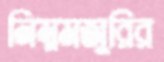
নিম্নমজুরির